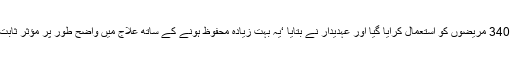
اس دوا کو 340 مریضوں کو استعمال کرایا گیا اور عہدیدار نے بتایا ‘یہ بہت زیادہ محفوظ ہونے کے ساتھ علاج میں واضح طور پر مؤثر ثابت ہوئی ہے۔